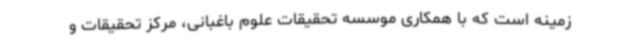
زمینه است که با همکاری موسسه تحقیقات علوم باغبانی، مرکز تحقیقات و